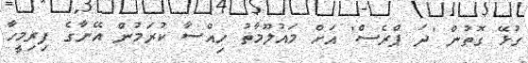
ގުޅޭ ގޮތުން 'ދަ ޕްރެސް' އަށް މައުލޫމާތު ހިއްސާ ކުރަމުން އޭނާގެ ފިރިމީހާ